Annual report of the Madras Medical College
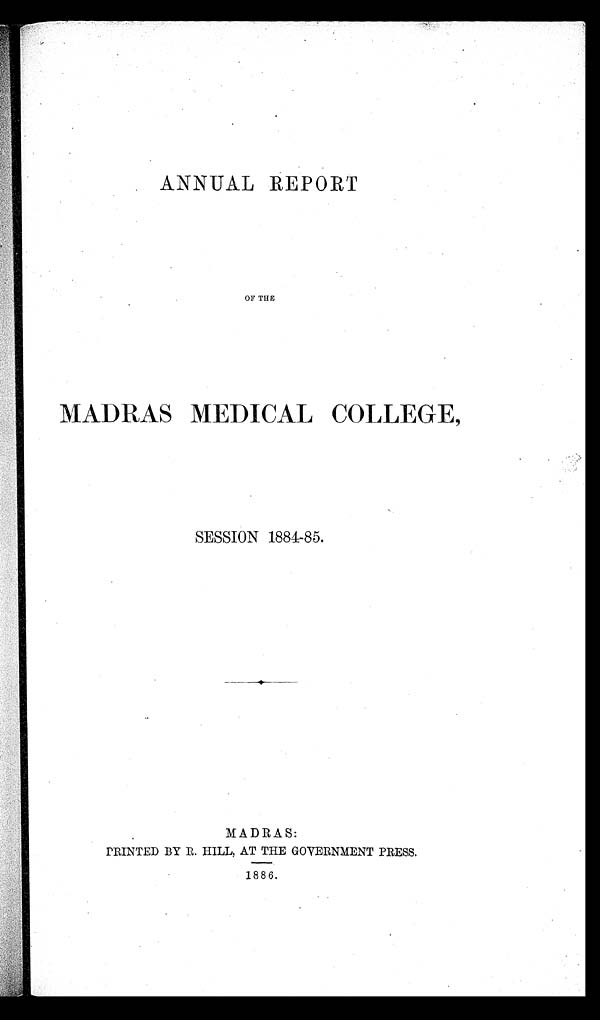
ANNUAL REPORT
OF THE
MADRAS MEDICAL COLLEGE,
SESSION 1884-85.
MADRAS:
PRINTED BY R. HILL, AT THE GOVERNMENT PRESS.
1886.